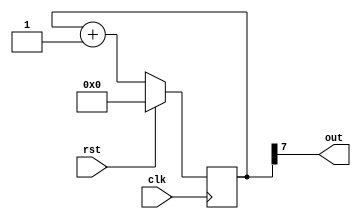
`default_nettype none
`timescale 1ns/1ns

module ClockDivider #(
    parameter REG_LEN = 8
)(
    input wire clk,
    input wire rst,
    output wire out
);
    reg [REG_LEN-1:0] clk_div;
    
    always @(posedge clk) begin
        if (rst)    clk_div <= 0;
        else          clk_div <= clk_div + 1'b1;
    end

    assign out = clk_div[REG_LEN-1];

endmodule